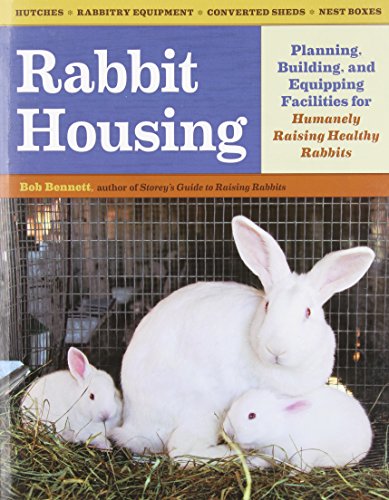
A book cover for Rabbit Housing: Planning, Building, and Equipping Facilities for Humanely Raising Healthy Rabbits; Bob Bennett; Crafts, Hobbies & Home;